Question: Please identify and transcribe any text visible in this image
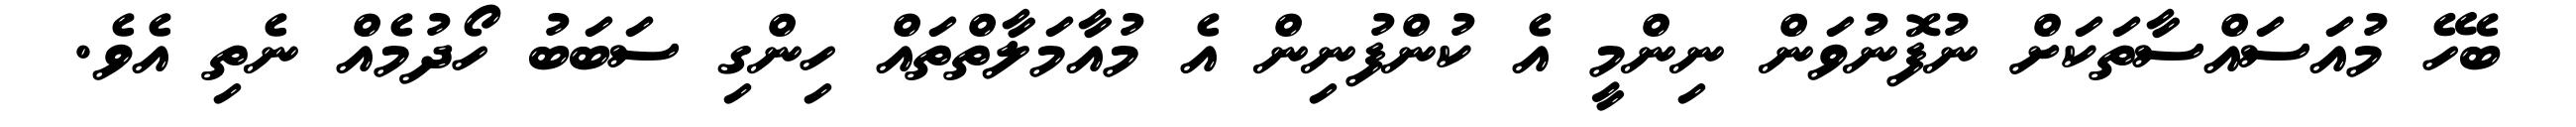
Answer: ބެހޭ މުއަސައްސާތަކަށް ނުފޮނުވަން ނިންމީ އެ ކުންފުނިން އެ މުއާމަލާތްތައް ހިންގި ސަބަބު ހޯދުމެއް ނެތި އެވެ.